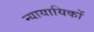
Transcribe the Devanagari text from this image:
न्यायायिकों